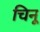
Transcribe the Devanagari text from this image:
चिनू